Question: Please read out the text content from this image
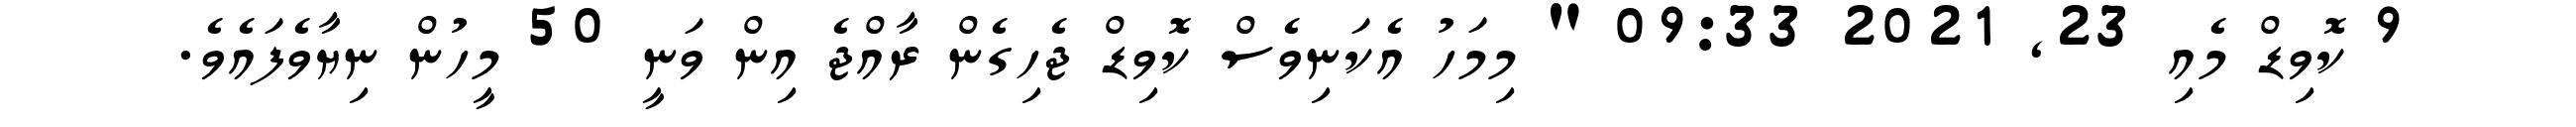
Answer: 9 ކޮވިޑް މެއި 23, 2021 09:33 " މިމަހު އެކަނިވެސް ކޮވިޑް ޖެހިގެން ރާއްޖެ އިން ވަނީ 50 މީހުން ނިޔާވެފައެވެ.